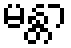
မန္တာ